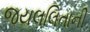
જયલલિતાની